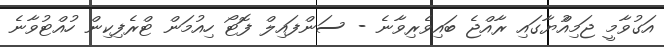
އަގުވާމީ ޖަމިއްުޔާގައި ރާއްޖެ ބައިވެރިވާނެ - ސަންފައިލް ފޮޓޯ ހިއުމަން ޓްރެފިކިން ހުއްޓުވާނެ